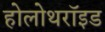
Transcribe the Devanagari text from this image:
होलोथरॉइड